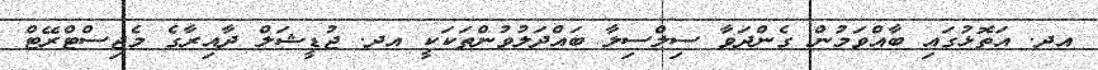
އދ. އަތޮޅުގައި ބާއްވަމުން ގެންދަވާ ސިލްސިލާ ބައްދަލުވުންތަކަކީ އދ. ޖުޑީޝަލް ދާއިރާގެ މެޖިސްޓްރޭޓް